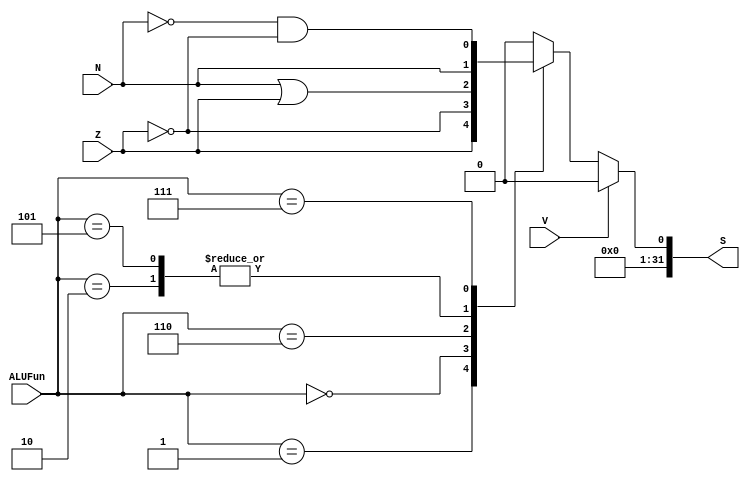
module ALU_Cmp(S, Z, V, N, ALUFun);
output reg [31:0] S;
input Z,V,N;
input [2:0] ALUFun;

always@(*)
    if(~V)
        case(ALUFun)
            3'b001: S <= {31'b0, Z};
            3'b000: S <= {31'b0, ~Z};
            3'b010: S <= {31'b0, N};
            3'b110: S <= {31'b0, N|Z};
            3'b101: S <= {31'b0, N};
            3'b111: S <= {31'b0, (~N)&(~Z)};
            default: S <= 0;
        endcase
    else S <= 0;
endmodule